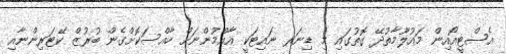
އެސްޓީއޯއިން މައުލޫމާތުދޭ ގޮތުގައި މި ޑިނަރ ނައިޓަކީ އާއްމުންނަށް ހާއްސަކޮށްގެން ބުރުޒް ކޭޓަރިންނާއި